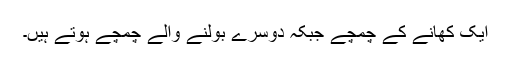
ایک کھانے کے چمچے جبکہ دوسرے بولنے والے چمچے ہوتے ہیں۔